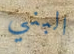
البني